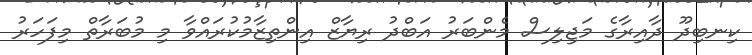
ކިނބިދޫ ދާއިރާގެ މަޖިލިސް މެންބަރު އަބްދު ރިޔާޒް އިންތިޒާމުކުރައްވާ މި މުބަރާތް މިފަހަރު